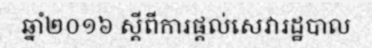
ឆ្នាំ២០១៦ ស្តីពីការផ្តល់សេវារដ្ឋបាល